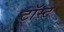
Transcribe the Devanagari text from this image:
टॉस्ट